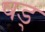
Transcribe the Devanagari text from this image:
षड्‍